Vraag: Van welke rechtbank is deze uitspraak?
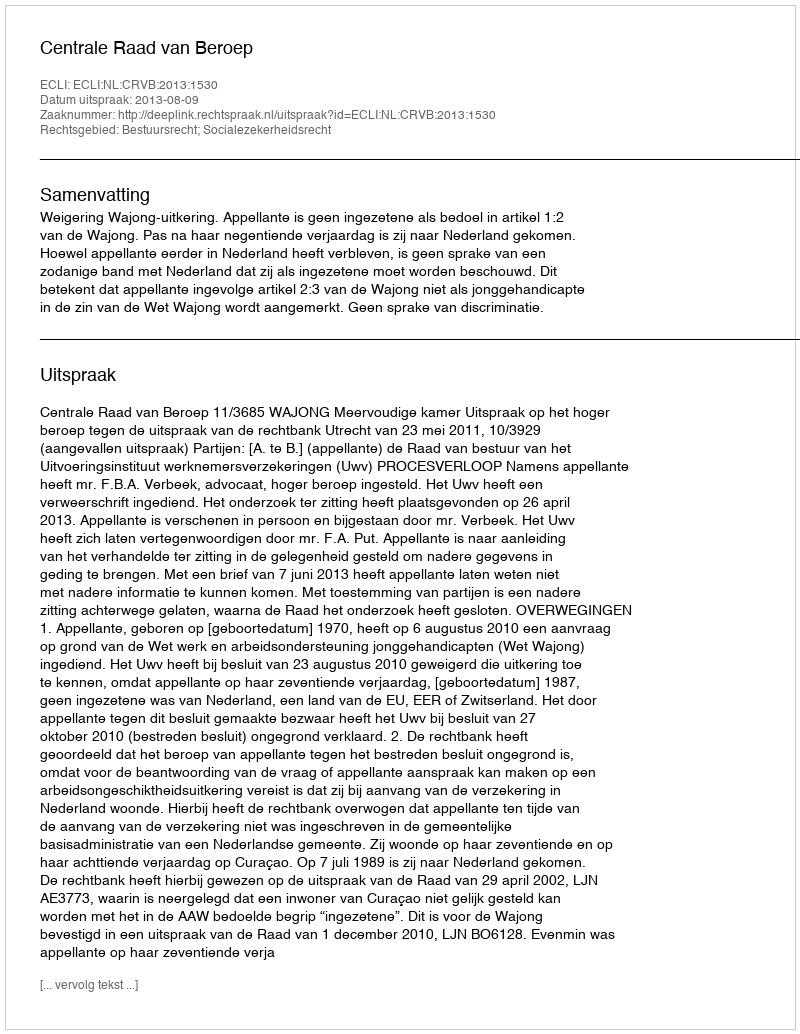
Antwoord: Centrale Raad van Beroep